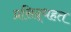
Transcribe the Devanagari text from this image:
प्रसिद्धहत